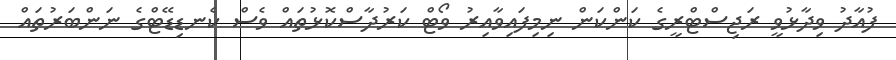
ފުއާދު ވިދާޅުވީ ރަޖިސްޓްރީގެ ކަންކަން ނިމިފައިވާއިރު ވޯޓް ކަރުދާސްކޮޅުތައް ވެސް ކެނޑިޑޭޓްގެ ނަންބަރުތައް